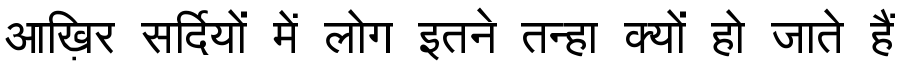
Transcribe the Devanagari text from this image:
आख़िर सर्दियों में लोग इतने तन्हा क्यों हो जाते हैं